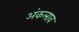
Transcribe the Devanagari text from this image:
अंकलाव